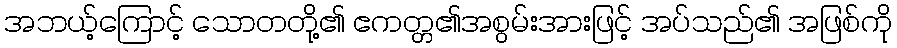
အဘယ့်ကြောင့် သောတတို့၏ ဧကတ္တ၏အစွမ်းအားဖြင့် အပ်သည်၏ အဖြစ်ကို